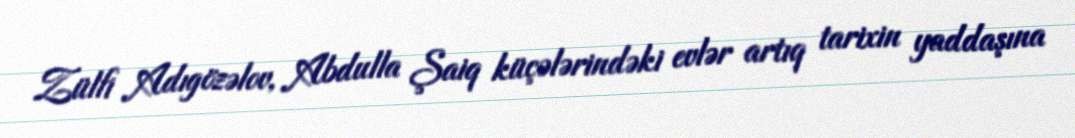
Zülfi Adıgözəlov, Abdulla Şaiq küçələrindəki evlər artıq tarixin yaddaşına